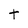
Character: t